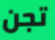
تجن